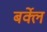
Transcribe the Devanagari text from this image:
बर्क्ले